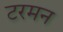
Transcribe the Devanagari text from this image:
टरमन